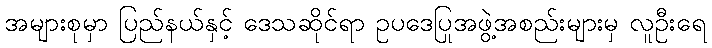
အများစုမှာ ပြည်နယ်နှင့် ဒေသဆိုင်ရာ ဥပဒေပြုအဖွဲ့အစည်းများမှ လူဦးရေ